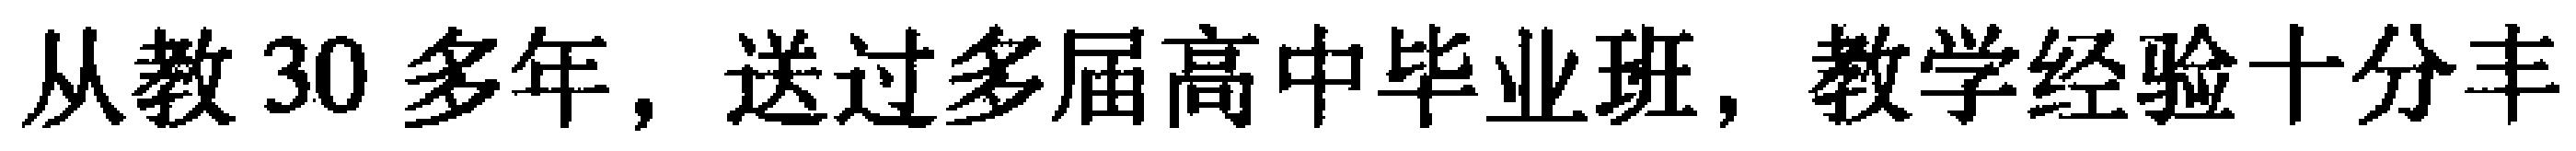
从教 30 多年，送过多届高中毕业班，教学经验十分丰